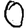
Digit: 0